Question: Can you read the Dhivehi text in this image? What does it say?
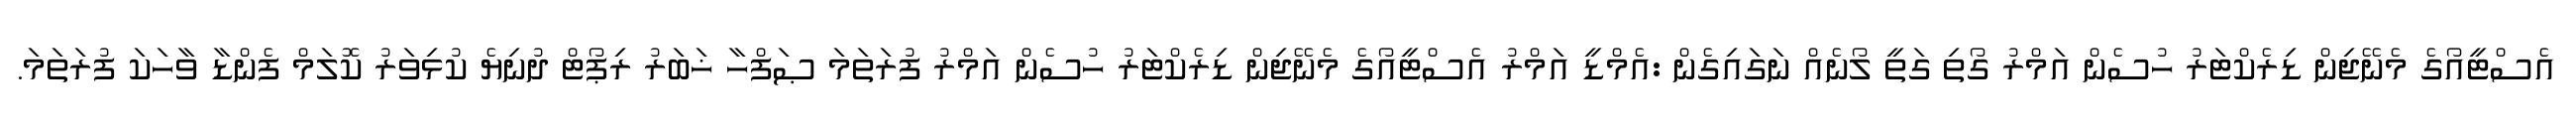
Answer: އެސްޓީއޯގެ މެނޭޖިން ޑިރެކްޓަރު ހުސެން އަމްރު ގޯތި ގަތީ ލޯނެއް ނަގައިގެން :އެމްޑީ އަމްރު އެސްޓީއޯގެ މެނޭޖިން ޑިރެކްޓަރު ހުސެން އަމްރު ފުރަތަމަ ޞަފްހާ ޚަބަރު ރިޕޯޓް ދުނިޔެ ކުޅިވަރު ކޮލަމް ފެންޑާ ވާހަކަ ފުރަތަމަ.